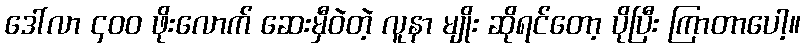
ဒေါ်လာ ၄၀၀ ဖိုးလောက် ဆေးမှီဝဲတဲ့ လူနာ မျိုး ဆိုရင်တော့ ပိုပြီး ကြာတာပေါ့။